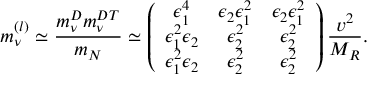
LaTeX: m _ { \nu } ^ { ( l ) } \simeq { \frac { m _ { \nu } ^ { D } m _ { \nu } ^ { D } { } ^ { T } } { m _ { N } } } \simeq \left( \begin{array} { c c c } { { \epsilon _ { 1 } ^ { 4 } } } & { { \epsilon _ { 2 } \epsilon _ { 1 } ^ { 2 } } } & { { \epsilon _ { 2 } \epsilon _ { 1 } ^ { 2 } } } \\ { { \epsilon _ { 1 } ^ { 2 } \epsilon _ { 2 } } } & { { \epsilon _ { 2 } ^ { 2 } } } & { { \epsilon _ { 2 } ^ { 2 } } } \\ { { \epsilon _ { 1 } ^ { 2 } \epsilon _ { 2 } } } & { { \epsilon _ { 2 } ^ { 2 } } } & { { \epsilon _ { 2 } ^ { 2 } } } \end{array} \right) { \frac { v ^ { 2 } } { M _ { R } } } .